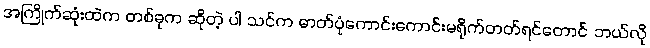
အကြိုက်ဆုံးထဲက တစ်ခုက ဆိုတဲ့ ပါ သင်က ဓာတ်ပုံကောင်းကောင်းမရိုက်တတ်ရင်တောင် ဘယ်လို